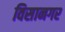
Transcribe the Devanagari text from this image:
विसानगर